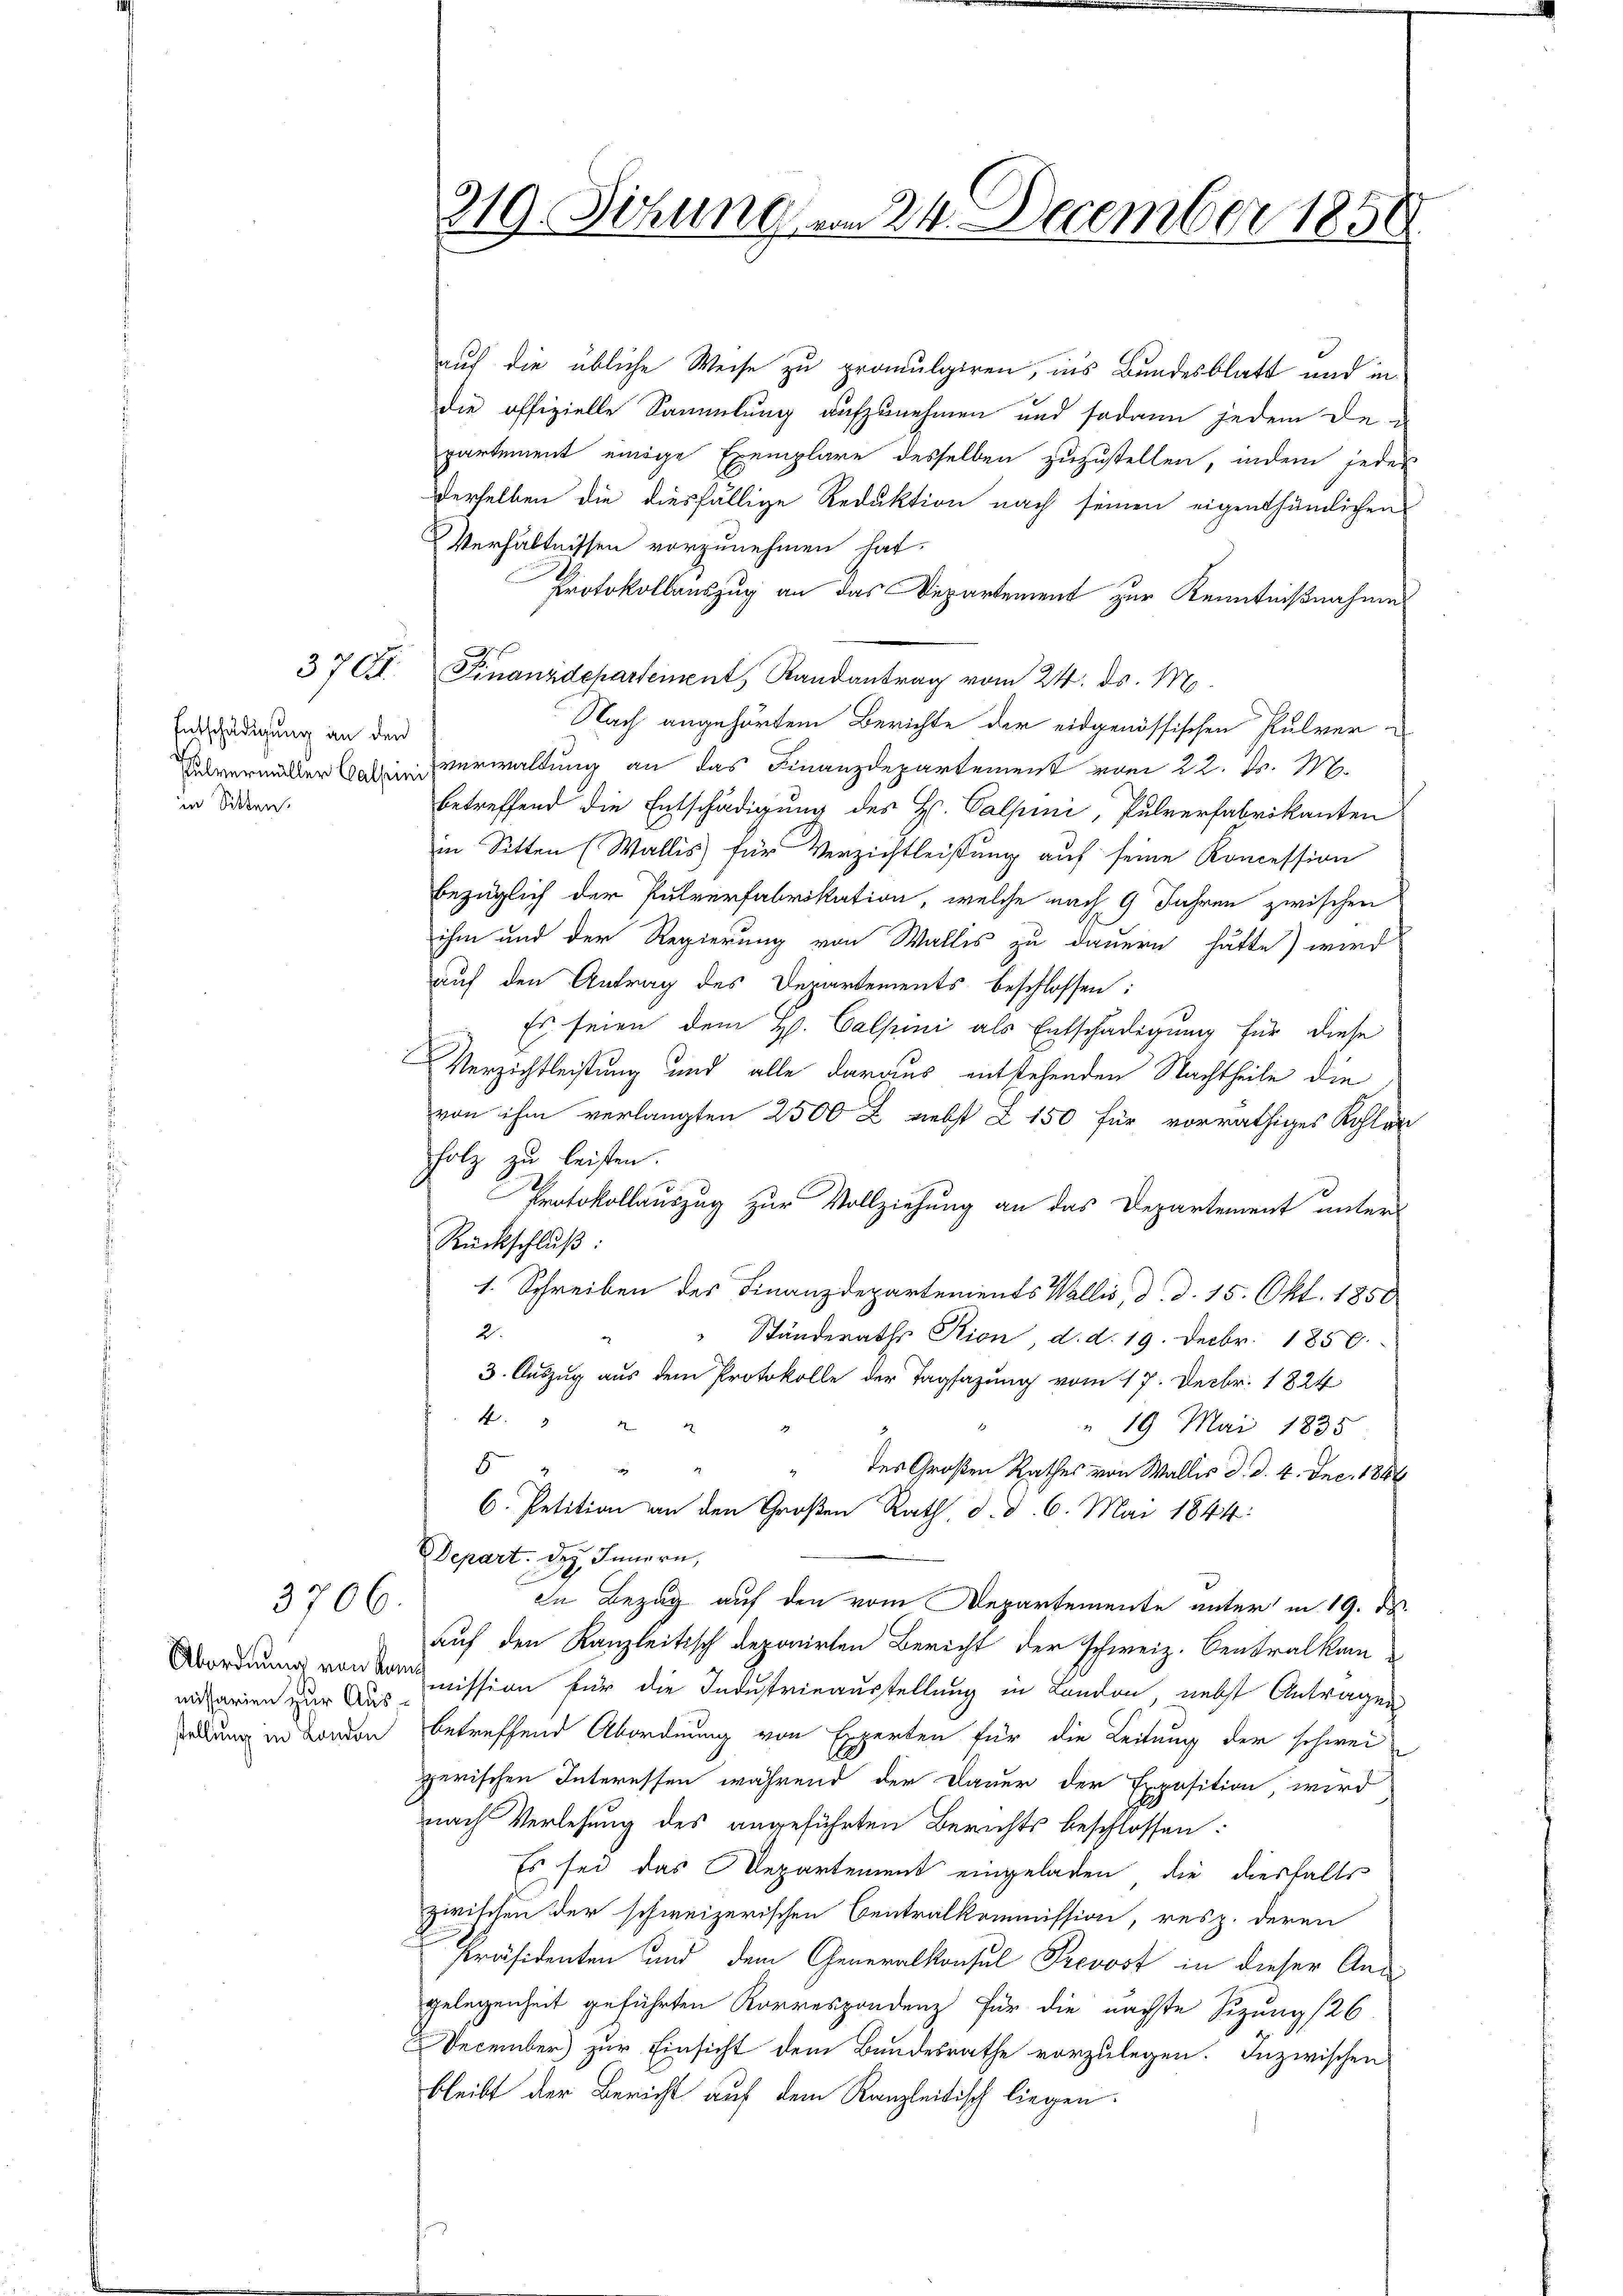
Entschädigung an den
in Sitten.

370.

3706.

missarien zur Ausstellung in London

319. Sitzung vom 24. December 1858

auf die übliche Weise zu promulgiren, ins Bundesblatt und in
die offizielle Sammlung aufzunehmen und sodann jedem de
partement einige Exemplare desselben zuzustellen, indem jedes
derselben die diesfällige Reduktion nach seinen eigenthümlichen
Verhältnissen vorzunehmen hat.
Protokollauszug an das Departement zur Kenntnißnahme
Finanzdepartement, Randantrag vom 24. ds. M.
Nach angehörtem Berichte der eidgenössischen Pulver
Tavermitter ein Verwaltung an das Finanzdepartement vom 22. d. M.
betreffend die Entschädigung des Hs. Calpini, Pulverfabrikanten
in Sitten (Wallis für Verzichtleistung auf seine Koncession
bezüglich der Pulverfabrikation, welche nach 9 Jahren zwischen
ihm und der Regierung von Wallis zu dauern hätte) wird
auf den Antrag des Derartements beschlossen:
Es seien dem H. Calsuni als Entschädigung für diese
Verzichtleistung und alle daraus entstehenden Nachtheile die
von ihm verlangten 2500 x nebst Z 150 für vorräthiges Kohlen
holz zu leisten.
Protokollauszug zur Vollziehung an das Departement unter
Rückschluß:
1. Schreiben des Finanzdepartements Wallis, d. d. 15. Okt. 1850
2.
Ständeraths Rion d. d. 19. Decbr. 1850.
3. Auszug aus dem Protokolle der Tagsazung vom 17. Decbr. 1824
4
2
" 19 Mai 1835
8
i
“ des Großen Rathes von Wallis d. d. 4. Dec. 1884
6. Petition an den Großen Rath, d. d. 6. Mai 1844:
Depart des Innern,
In Bezug auf den vom Departemente unter in 19. ds.
auf den Kanzleitisch deponirten Bericht der schweiz. Centralken
Abordnung von Commission für die Industrieausstellung in London nebst Antragen
betreffend Abordnung von Experten für die Leitung der schwei-
zerischen Interessen während der Dauer der Exposition, wird
nach Verlesung des angeführten Berichts beschlossen:
Es sei das Departement eingeladen, die diesfalls
zwischen der schweizerischen Centralkommission, resp. deren
Präsidenten und dem Generalkonsul Prevost in dieser Angelegenheit geführten Korrespondenz für die nächste Sizung /26.
December zur Einsicht dem Bundesrathe vorzulegen. Inzwischen
bleibt der Bericht auf dem Kanzleitisch liegen.